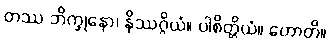
တဿ ဘိက္ခုနော၊ နိဿဂ္ဂိယံ။ ပါစိတ္တိယံ။ ဟောတိ။